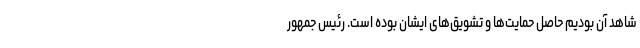
شاهد آن بودیم حاصل حمایت‌ها و تشویق‌های ایشان بوده است. رئیس جمهور